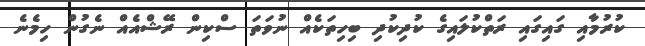
ކުރުމާއި ގައިގައި ރަތްކުލައިގެ ކުދިކުދި ބިހިތަކެއް ނުވަތަ ސްކިން ރޭޝްއެއް ނެގުން ހިމެނެ